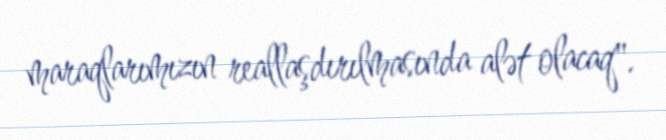
maraqlarımızın reallaşdırılmasında alət olacaq".